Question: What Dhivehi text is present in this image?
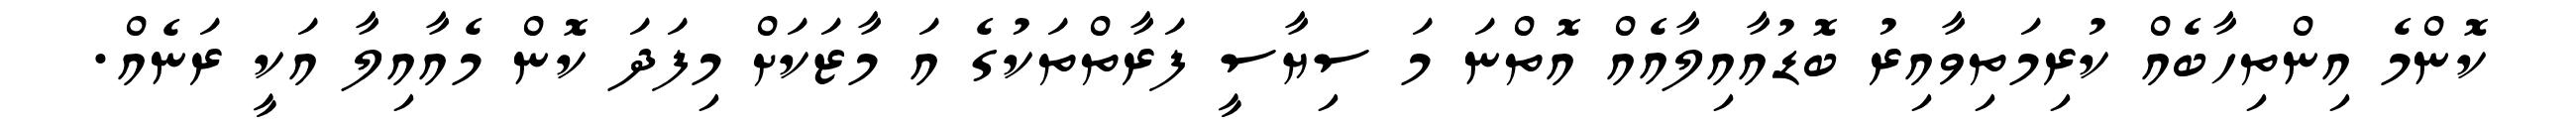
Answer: ކޮންމެ އިންތިހާބެއް ކުރިމަތިވާއިރު ބޮޑުއާއިލާއެއް އޮތްނަ މަ ސިޔާސީ ފަރާތްތަކުގެ އަ މާޒަކަށް މިފަދަ ކޮން މެއާއިލާ އަކީ ރަނެއް.